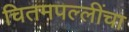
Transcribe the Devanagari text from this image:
चितमपल्लींचा